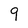
Character: 9